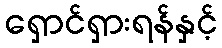
ရှောင်ရှားရန်နှင့်